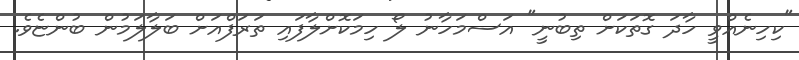
"ކިހިނެއްވީ ހާދަ ގޮތަކަށް ތިބުނީ" އަސްމަހާނު ލޯ ހިމަކޮށްލާފައި ތަރަފްއަށް ބަލާލަމުން ބުންޏެވެ.